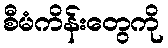
စီမံကိန်းတွေကို